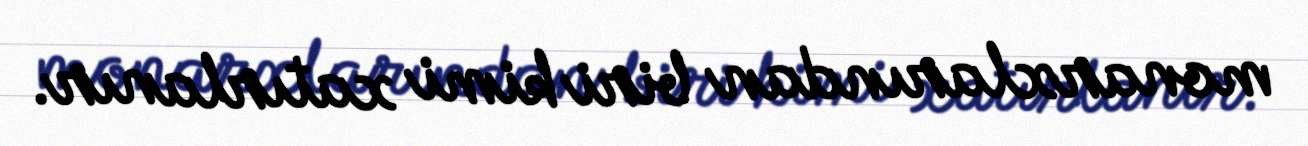
monarxlarından biri kimi xatırlanır.